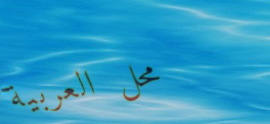
محل العربية